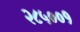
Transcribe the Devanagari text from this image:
२८५००१